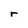
Character: r